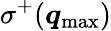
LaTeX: \sigma^{+}(\boldsymbol q_{\mathrm{max}})